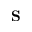
\bf { S }